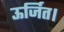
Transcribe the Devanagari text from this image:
ऊर्जित।